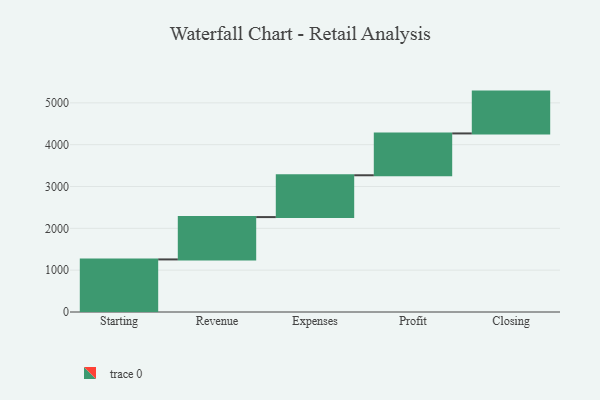
{"axis": {"x": "Step", "y": "Value"}, "legend": [""], "data": [{"x": "Starting", "y": 1257.0, "type": ""}, {"x": "Revenue", "y": 1012.0, "type": ""}, {"x": "Expenses", "y": 1000, "type": ""}, {"x": "Profit", "y": 1000, "type": ""}, {"x": "Closing", "y": 1000, "type": ""}]}